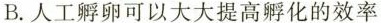
B.人工孵卵可以大大提高孵化的效率